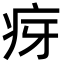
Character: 疨